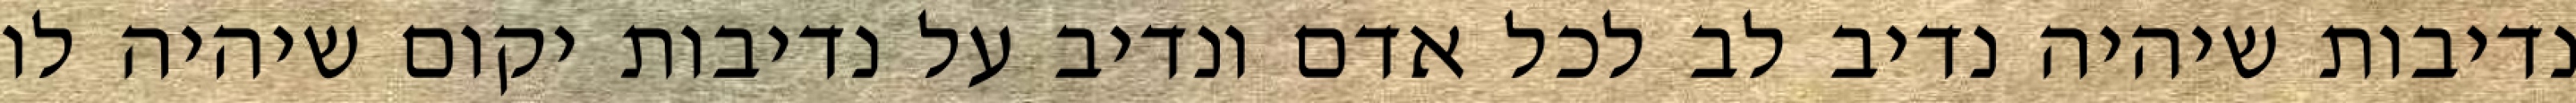
נדיבות שיהיה נדיב לב לכל אדם ונדיב על נדיבות יקום שיהיה לו